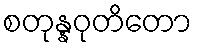
စတုန္နဝုတိတော